Papers set at the Examination for Leaving Certificates, 1893
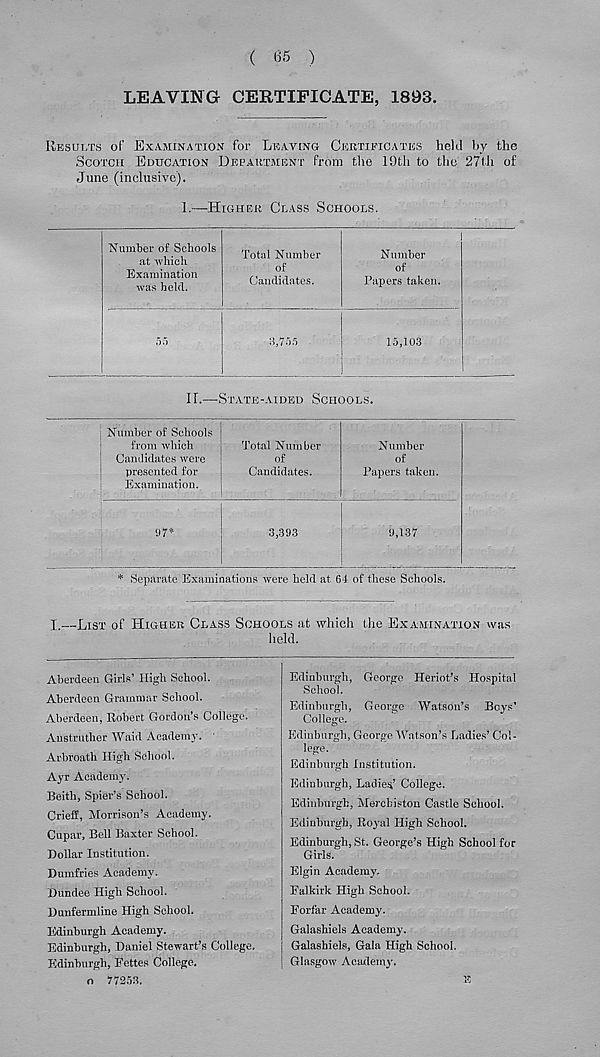
( 65 )
LEAVING CERTIFICATE, 1893
Results of Examination for Leaving Certificates held by the
Scotch Education Department from the 19th to tho 27th of
June (inclusive).
1.—Higher Class Schools.
"Number of Schools
at which
Examination
was held.
Total Number
of
Candidates.
Number
of
Papers taken.
8,755
15,103
I f.—STATE -AIDED SCHOOLS.
j Number of Schools
from which
Candidates were
presented for
Examination.
Total Number
of
Candidates.
Number
of
Papers taken.
97*
3,393
9,137
Separate Examinations were held at 64 of these Schools.
I.—List of Higher Class Schools at which the Examination was
held.
Aberdeen Girls 1 High School.
Aberdeen Grammar School.
Aberdeen, Robert Gordon’s College.
Anstrutlier Wald Academy.
Arbroath High School.
Ayr Academy.
Beith, Spier’s School.
Crieff, Morrison’s Academy.
Cupar, Bell Baxter School.
Dollar Institution.
Dumfries Academy.
Dundee High School.
Dunfermline High School.
Edinburgh Academy.
Edinburgh, Daniel Stewart’s College.
Edinburgh, Fettes College,
o 77253.
Edinburgh, George Heriot’s Hospital
School.
Edinburgh, George Watson’s Boys’
College.
Edinburgh, George Watson’s Ladies’ Col-
lege.
Edinburgh Institution.
Edinburgh, Ladies’ College.
Edinburgh, Mercbiston Castle School.
Edinburgh, Royal High School.
Edinburgh, St. George’s High School for
Girls.
Elgin Academy.
Falkirk High School.
Forfar Academy.
Galashiels Academy.
Galashiels, Gala High School.
Glasgow Academy.